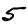
Digit: 5